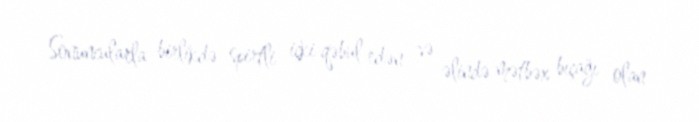
Sonuncularla birlikdə spirtli içki qəbul edən və əlində mətbəx bıçağı olan